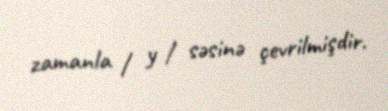
zamanla / y / səsinə çevrilmişdir.